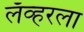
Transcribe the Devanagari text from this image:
लॅव्हरला